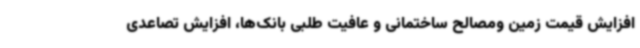
افزایش قیمت زمین ومصالح ساختمانی و عافیت طلبی بانک‌ها، افزایش تصاعدی